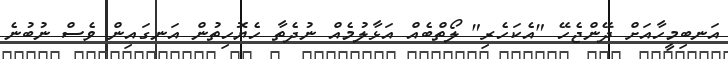
އަނބިމީހާއަށް ދޭންޖެހޭ "އެކަހެރި" ލޯތްބެއް އަޅާލުމެއް ނުދެތާ ހެޔޮހިތުން އަނގައިން ވެސް ނުބުނެ